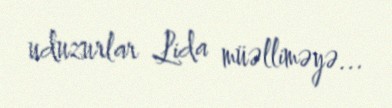
uduzurlar Lida müəlliməyə...